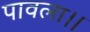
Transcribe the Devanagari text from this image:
पावला।।